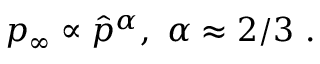
\begin{array} { r } { p _ { \infty } \propto \hat { p } ^ { \alpha } , \ \alpha \approx 2 / 3 \ . } \end{array}